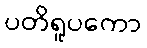
ပတိရူပကော